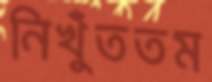
নিখুঁততম